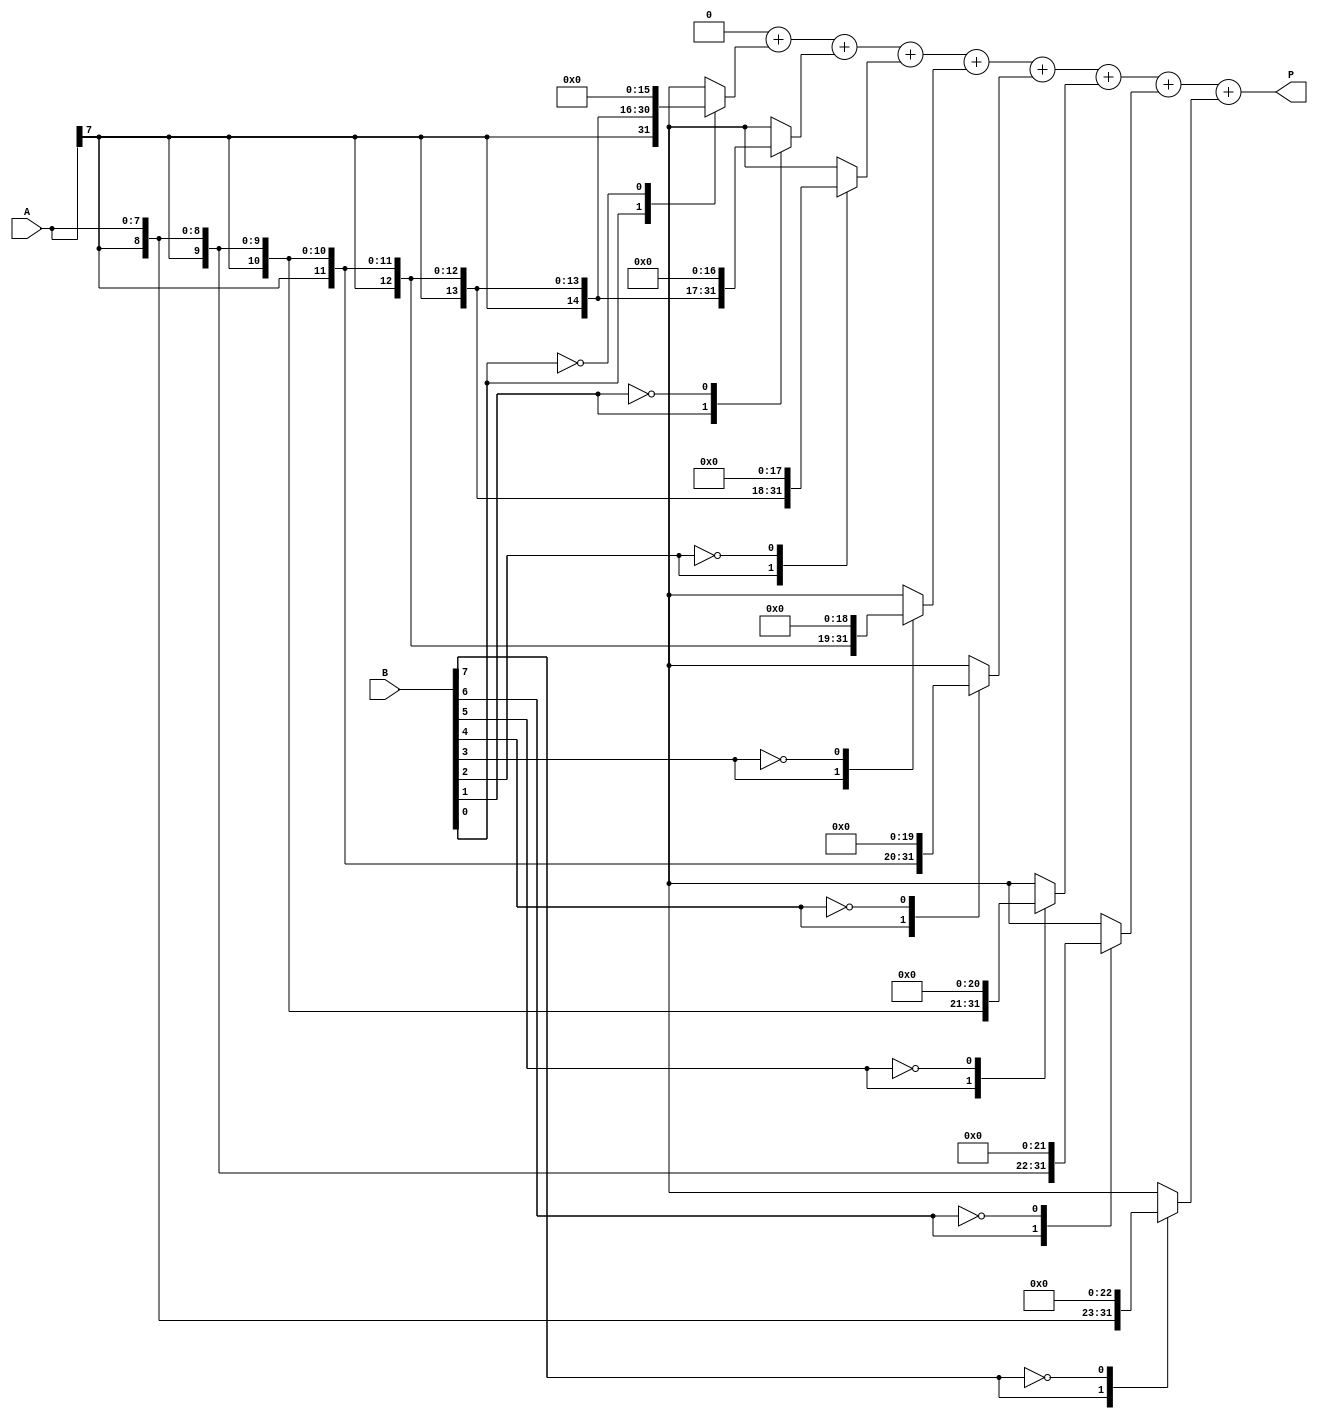
module csd_multiplier #(parameter WIDTH = 8, parameter PRODUCT_WIDTH = 2 * WIDTH)(
    input signed [WIDTH-1:0] A, // CSD operand A
    input signed [WIDTH-1:0] B, // CSD operand B
    output reg signed [PRODUCT_WIDTH-1:0] P // Product output
);

    // Internal signals
    reg signed [PRODUCT_WIDTH-1:0] partial_product [0:WIDTH-1];
    integer i;

    always @(*) begin
        // Initialize product to zero
        P = 0;

        // Generate partial products based on CSD representation of B
        for (i = 0; i < WIDTH; i = i + 1) begin
            case (B[i])
                1: partial_product[i] = A << i; // If CSD digit is 1, shift A left by i
                -1: partial_product[i] = -A << i; // If CSD digit is -1, shift -A left by i
                0: partial_product[i] = 0; // If CSD digit is 0, no contribution
                default: partial_product[i] = 0; // Default case
            endcase
        end

        // Accumulate partial products
        for (i = 0; i < WIDTH; i = i + 1) begin
            P = P + partial_product[i];
        end
    end

endmodule